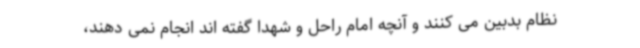
نظام بدبین می کنند و آنچه امام راحل و شهدا گفته اند انجام نمی دهند،